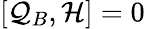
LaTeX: [\mathcal{Q}_{B},{\mathcal{{H}}}]=0